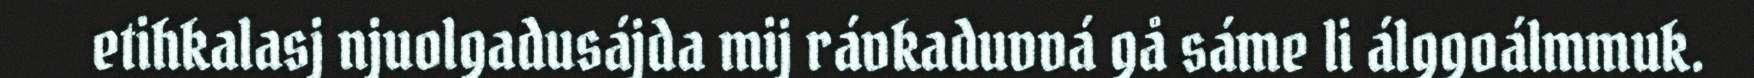
etihkalasj njuolgadusájda mij rávkaduvvá gå sáme li álggoálmmuk.